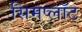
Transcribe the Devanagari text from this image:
सिमप्लॉट